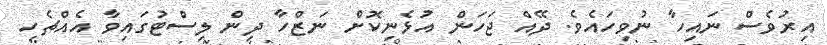
އިރުވެސް ނައިހާ ނުވިހައެވެ. ދޭއް ޖަހަން އުޅެނިކޮށް ނަޒްހާ ދިން ލިސްޓުގައިވާ އެއްޗެހި